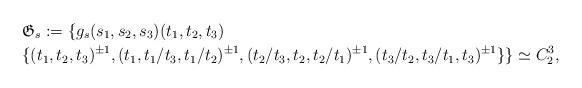
LaTeX: \begin{align*} & \mathfrak{G}_{s}:=\{g_{s}(s_{1},s_{2},s_{3})(t_{1},t_{2},t_{3})\\ & \{(t_{1},t_{2},t_{3})^{\pm1},(t_{1},t_{1}/t_{3},t_{1}/t_{2})^{\pm1},(t_{2}/t_{3},t_{2},t_{2}/t_{1})^{\pm1},(t_{3}/t_{2},t_{3}/t_{1},t_{3})^{\pm1}\}\}\simeq C_{2}^{3},\end{align*}